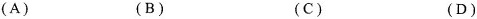
(A) (B) (C) (D)